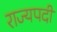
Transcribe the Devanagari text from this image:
राज्यपदी